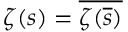
\zeta ( s ) = { \overline { { \zeta ( { \overline { { s } } } ) } } }